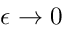
\epsilon \to 0